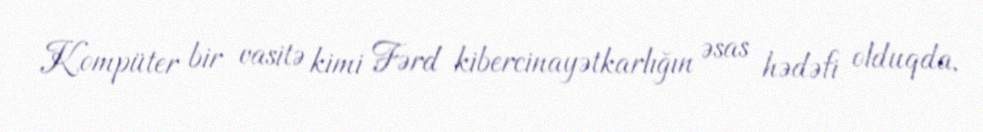
Kompüter bir vasitə kimi Fərd kibercinayətkarlığın əsas hədəfi olduqda,